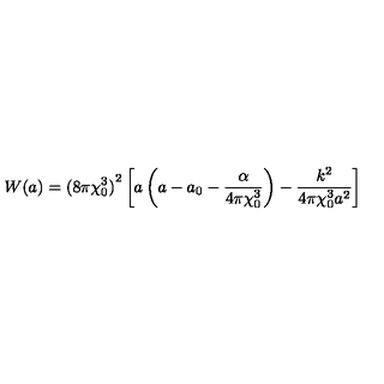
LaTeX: W ( a ) = { ( 8 \pi \chi _ { 0 } ^ { 3 } ) } ^ { 2 } \left[ a \left( a - a _ { 0 } - \frac { \alpha } { 4 \pi \chi _ { 0 } ^ { 3 } } \right) - \frac { k ^ { 2 } } { 4 \pi \chi _ { 0 } ^ { 3 } a ^ { 2 } } \right]